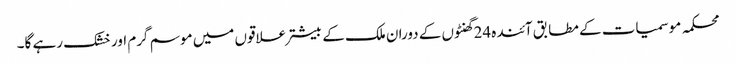
محکمہ موسمیات کے مطابق آئندہ 24گھنٹوں کے دوران ملک کے بیشتر علاقوں میں موسم گرم اور خشک رہے گا۔